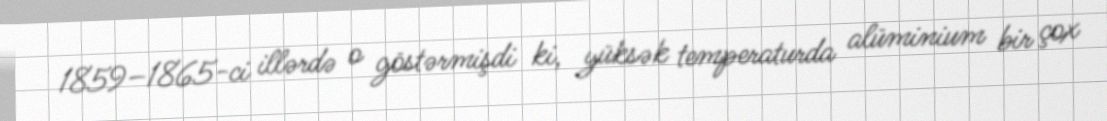
1859–1865-ci illərdə o göstərmişdi ki, yüksək temperaturda alüminium bir çox